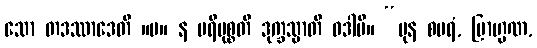
သော တဒဿာဒေတိ ။ပ။ န ပရိမုစ္စတိ ဒုက္ခသ္မာတိ ဝဒါမိ။ “ပုန စပရံ, ဗြာဟ္မဏ,